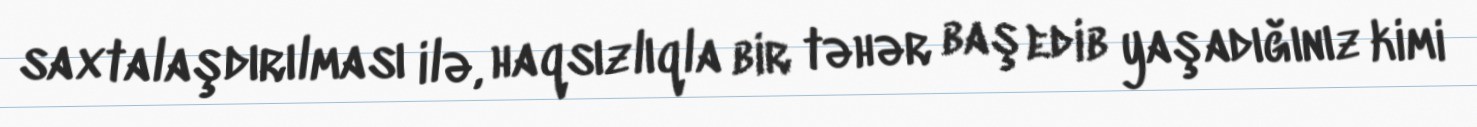
saxtalaşdırılması ilə, haqsızlıqla bir təhər baş edib yaşadığınız kimi